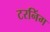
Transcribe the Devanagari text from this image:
टरनिंग